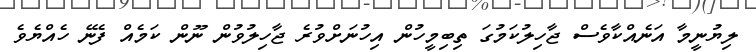
ލިޔުނީމާ އަނެއްކާވެސް ޖާހިލުކަމުގަ ތިބިމީހުން އިހުނަށްވުރެ ޖާހިލުވުން ނޫން ކަމެއް ފެނޭ ހެއްޔެވެ